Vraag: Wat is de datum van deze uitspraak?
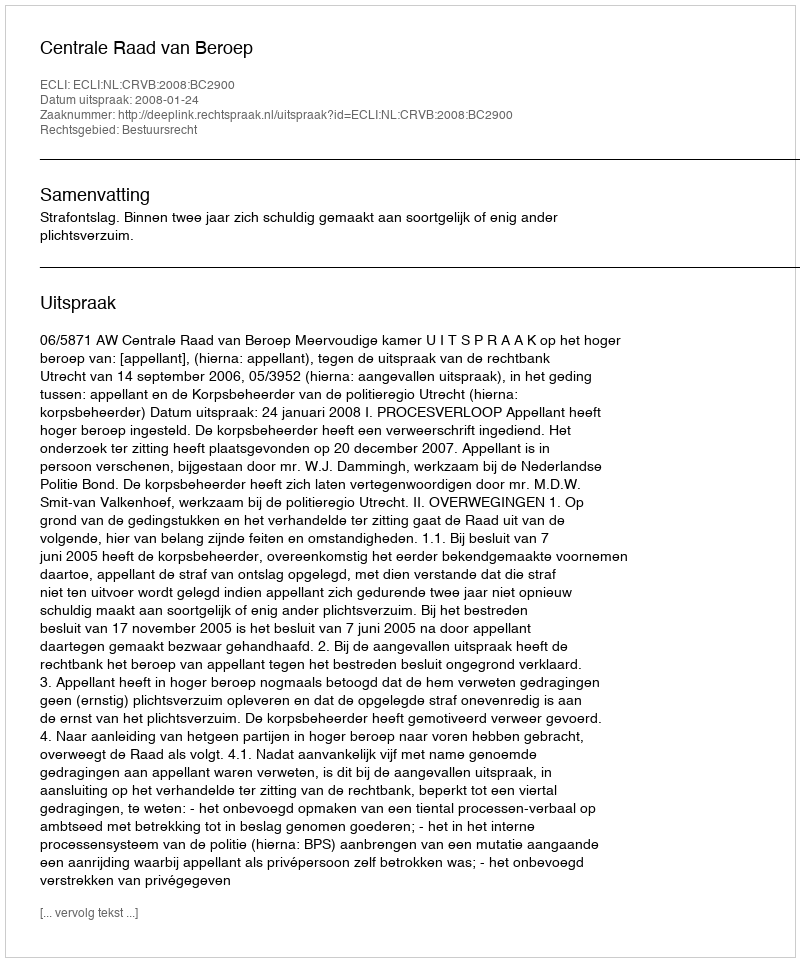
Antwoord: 2008-01-24